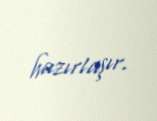
hazırlaşır.